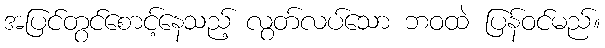
အပြင်တွင်စောင့်နေသည့် လွတ်လပ်သော ဘဝထဲ ပြန်ဝင်မည်။